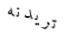
تريدنه